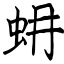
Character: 蚦